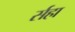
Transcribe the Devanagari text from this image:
र्सहा